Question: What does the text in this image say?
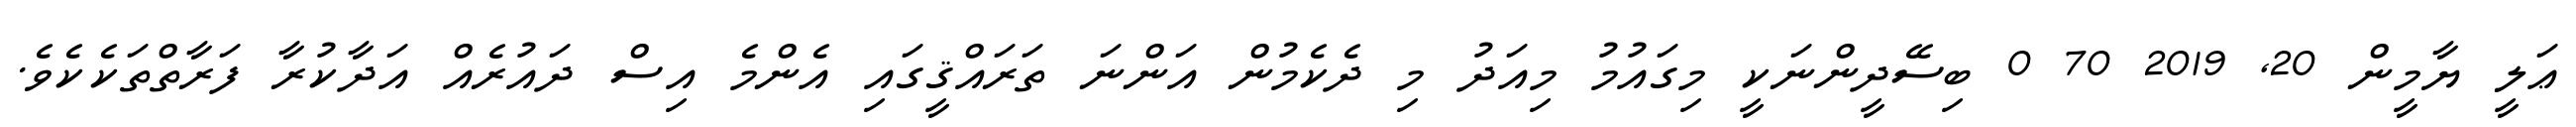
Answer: ޢަލީ ޔާމީން 20, 2019 70 0 ބިސޭދީންނަކީ މިގައުމު މިއަދު މި ދެކެމުން އަންނަ ތަރައްޤީގައި އެންމެ އިސް ދައުރެއް އަދާކުރާ ފަރާތްތަކެކެވެ.